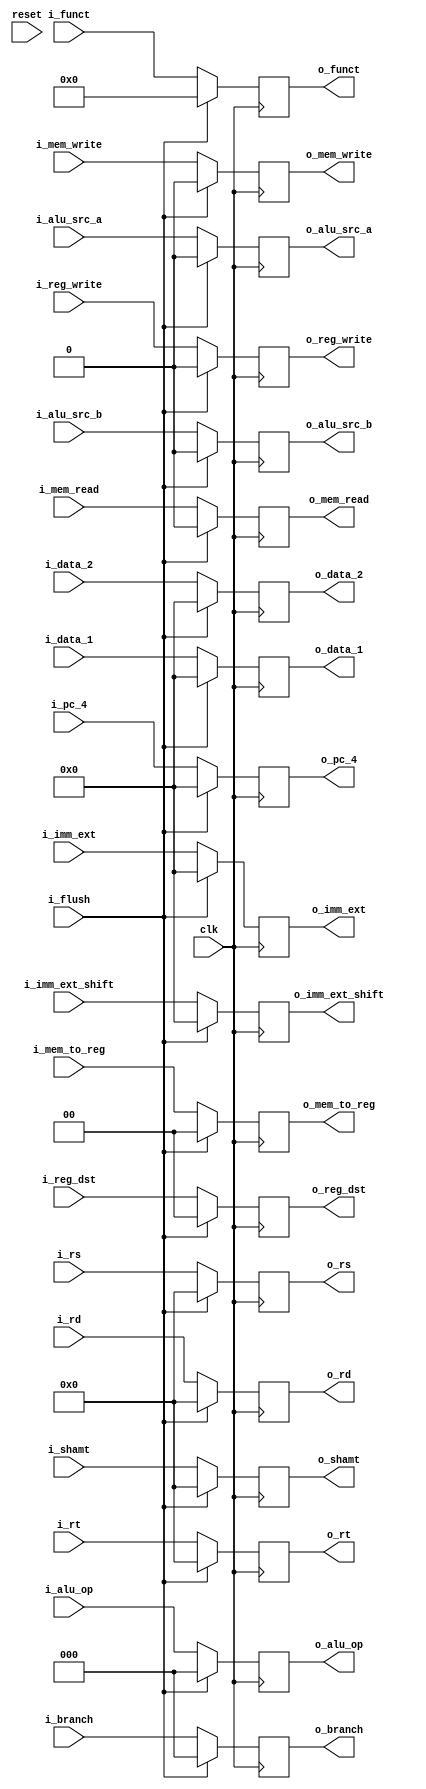
`timescale 1ns / 1ps
module ID_EX_Register(reset,
                      clk,
                      i_flush,
                      i_reg_write,
                      i_mem_to_reg,
                      i_mem_read,
                      i_mem_write,
                      i_reg_dst,
                      i_alu_op,
                      i_alu_src_a,
                      i_alu_src_b,
                      i_branch,
                      i_pc_4,
                      i_data_1,
                      i_data_2,
                      i_imm_ext,
                      i_imm_ext_shift,
                      i_rs,
                      i_rt,
                      i_rd,
                      i_shamt,
                      i_funct,
                      o_reg_write,
                      o_mem_to_reg,
                      o_mem_read,
                      o_mem_write,
                      o_reg_dst,
                      o_alu_op,
                      o_alu_src_a,
                      o_alu_src_b,
                      o_branch,
                      o_pc_4,
                      o_data_1,
                      o_data_2,
                      o_imm_ext,
                      o_imm_ext_shift,
                      o_rs,
                      o_rt,
                      o_rd,
                      o_shamt,
                      o_funct
                      );
    input reset;
    input clk;
    input i_flush;
    
    input i_reg_write;
    input i_mem_read;
    input i_mem_write;
    input i_alu_src_a;
    input i_alu_src_b;
    
    input [1:0] i_mem_to_reg;
    input [1:0] i_reg_dst;
    input [2:0] i_branch;
    input [2:0] i_alu_op;
    input [4:0] i_shamt;
    input [4:0] i_rs;
    input [4:0] i_rt;
    input [4:0] i_rd;
    input [5:0] i_funct;
    input [31:0] i_pc_4;
    input [31:0] i_data_1;
    input [31:0] i_data_2;
    input [31:0] i_imm_ext;
    input [31:0] i_imm_ext_shift;
    
    output reg o_reg_write;
    output reg o_mem_read;
    output reg o_mem_write;
    output reg o_alu_src_a;
    output reg o_alu_src_b;

    output reg [1:0] o_mem_to_reg;
    output reg [1:0] o_reg_dst;
    output reg [2:0] o_branch;
    output reg [2:0] o_alu_op;
    output reg [4:0] o_shamt;
    output reg [4:0] o_rs;
    output reg [4:0] o_rt;
    output reg [4:0] o_rd;
    output reg [5:0] o_funct;
    output reg [31:0] o_pc_4;
    output reg [31:0] o_data_1;
    output reg [31:0] o_data_2;
    output reg [31:0] o_imm_ext;
    output reg [31:0] o_imm_ext_shift;
    
    always @(posedge clk) begin
        if (!i_flush) begin
            o_reg_write     <= i_reg_write;
            o_mem_write     <= i_mem_write;
            o_mem_read      <= i_mem_read;
            o_alu_src_a     <= i_alu_src_a;
            o_alu_src_b     <= i_alu_src_b;
            o_branch        <= i_branch;
            o_pc_4          <= i_pc_4 ;
            o_data_1        <= i_data_1;
            o_data_2        <= i_data_2 ;
            o_mem_to_reg    <= i_mem_to_reg;
            o_reg_dst       <= i_reg_dst;
            o_alu_op        <= i_alu_op ;
            o_rs            <= i_rs;
            o_rt            <= i_rt;
            o_rd            <= i_rd;
            o_shamt         <= i_shamt;
            o_funct         <= i_funct;
            o_imm_ext       <= i_imm_ext;
            o_imm_ext_shift <= i_imm_ext_shift;
            
        end
        else begin
            o_reg_write     <= 0;
            o_mem_read      <= 0;
            o_mem_write     <= 0;
            o_alu_src_a     <= 0;
            o_alu_src_b     <= 0;
            o_branch        <= 0;
            o_pc_4          <= 0;
            o_data_1        <= 0;
            o_data_2        <= 0;
            o_mem_to_reg    <= 0;
            o_reg_dst       <= 0;
            o_alu_op        <= 0;
            o_rs            <= 0;
            o_rt            <= 0;
            o_rd            <= 0;
            o_shamt         <= 0;
            o_funct         <= 0;
            o_imm_ext       <= 0;
            o_imm_ext_shift <= 0;
        end
    end
endmodule